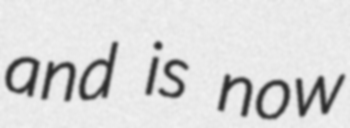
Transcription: and is now